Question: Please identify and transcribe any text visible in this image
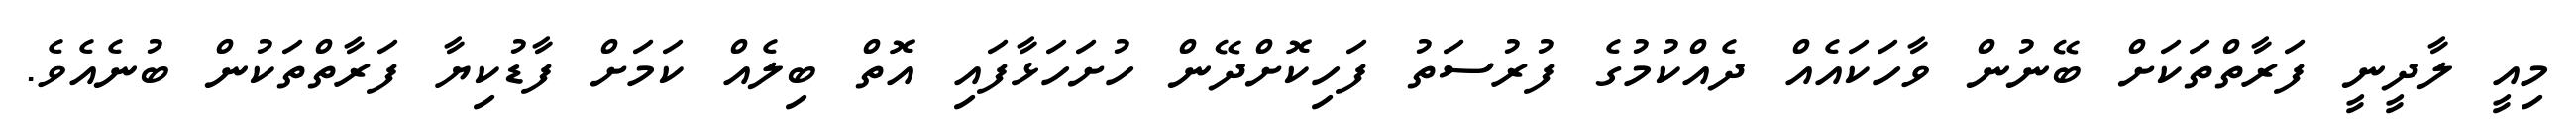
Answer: މިއީ ލާދީނީ ފަރާތްތަކަށް ބޭނުން ވާހަކައެއް ދެއްކުމުގެ ފުރުސަތު ފަހިކޮށްދޭން ހުށަހަޅާފައި އޮތް ބިލެއް ކަމަށް ފާޑުކިޔާ ފަރާތްތަކުން ބުނެއެވެ.